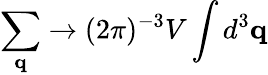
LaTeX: \sum_{{\mathbf q}}\to(2\pi)^{-3}V\int d^{3}{\mathbf q}